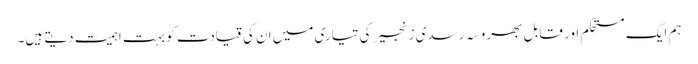
ہم ایک مستحکم اور قابل بھروسہ رسدی زنجیر کی تیاری میں ان کی قیادت کو بہت اہمیت دیتے ہیں۔